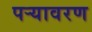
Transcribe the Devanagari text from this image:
पऱ्यावरण